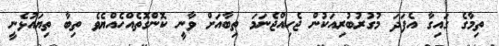
ތިމާގެ ގައިގާ އެފަދަ މުގުރުބުރިއަކުން ޖެހިއްޖެނަމަ ތިބާއަށް ވާނީ ކޮންގޮތެއްހެއްޔެވެ ތިބާ ތިޔައުޅެނީ